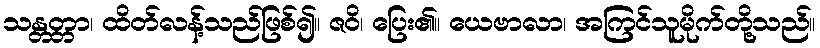
သန္တတ္တာ၊ ထိတ်လန့်သည်ဖြစ်၍။ ဇဝိ၊ ပြေး၏။ ယေဗာလာ၊ အကြင်သူမိုက်တို့သည်။